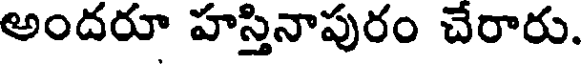
అందరూ హస్తినాపురం చేరారు.